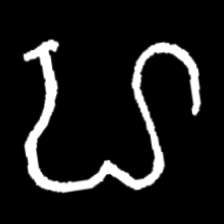
Pyu character \u2014 Myanmar letter: ဟ (romanized: ha)